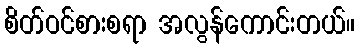
စိတ်ဝင်စားစရာ အလွန်ကောင်းတယ်။